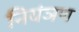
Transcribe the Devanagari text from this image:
नियंञण